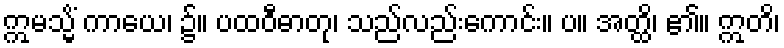
ဣမသ္မိံ ကာယေ၊ ၌။ ပထဝီဓာတု၊ သည်လည်းကောင်း။ ပ။ အတ္ထိ၊ ၏။ ဣတိ၊